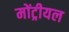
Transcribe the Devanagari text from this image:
मोंट्रीयल